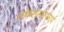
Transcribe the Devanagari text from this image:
लोकसंस्थापनार्थ